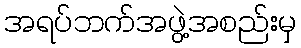
အရပ်ဘက်အဖွဲ့အစည်းမှ